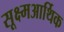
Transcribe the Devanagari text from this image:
सूक्ष्मआर्थिक